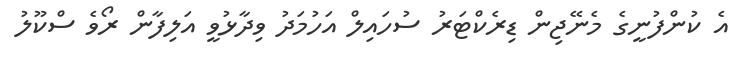
އެ ކުންފުނީގެ މެނޭޖިން ޑިރެކްޓަރު ސުހައިލް އަހުމަދު ވިދާޅުވީ އަލިފާން ރޯވެ ސްކޫލު